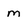
Character: m